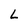
Character: L